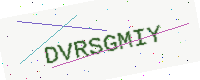
Text: DVRSGMIY